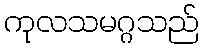
ကုလသမဂ္ဂသည်